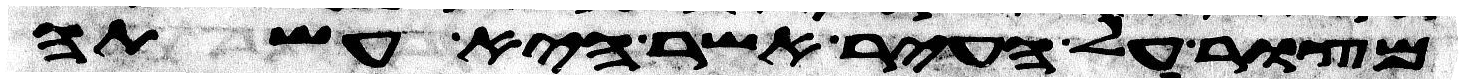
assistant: מצור על העיר אשר היא עשתה